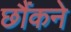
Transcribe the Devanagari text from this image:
छौंकने